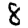
Digit: 8